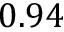
0 . 9 4